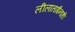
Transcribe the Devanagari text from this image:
लीलाताईंनाही